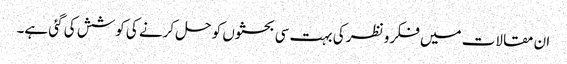
ان مقالات میں فکر و نظر کی بہت سی بحثوں کو حل کرنے کی کوشش کی گئی ہے۔